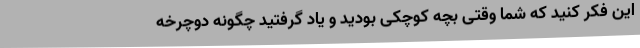
این فکر کنید که شما وقتی بچه کوچکی بودید و یاد گرفتید چگونه دوچرخه